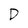
Character: D